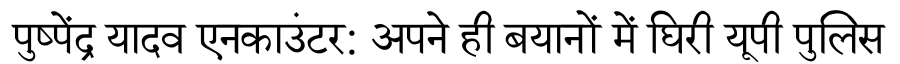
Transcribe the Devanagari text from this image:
पुष्पेंद्र यादव एनकाउंटर: अपने ही बयानों में घिरी यूपी पुलिस